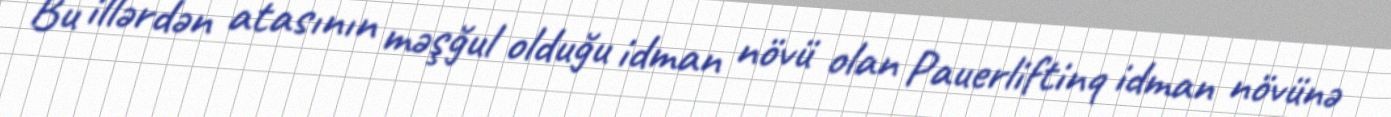
Bu illərdən atasının məşğul olduğu idman növü olan Pauerliftinq idman növünə